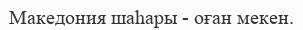
Македония шаһары - оған мекен.